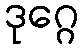
ဒုဂ္ဂေ